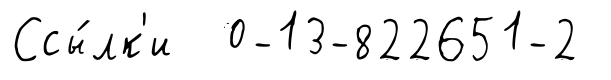
Ссы́лк'и 0-13-822651-2